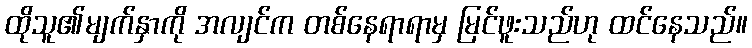
ထိုသူ၏မျက်နှာကို အလျင်က တစ်နေရာရာမှ မြင်ဖူးသည်ဟု ထင်နေသည်။